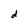
Character: d